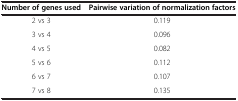
| Number of genes used | Pairwise variation of normalization factors |
 | --- | --- |
 | 2 vs 3 | 0.119 |
 | 3 vs 4 | 0.096 |
 | 4 vs 5 | 0.082 |
 | 5 vs 6 | 0.112 |
 | 6 vs 7 | 0.107 |
 | 7 vs 8 | 0.135 |